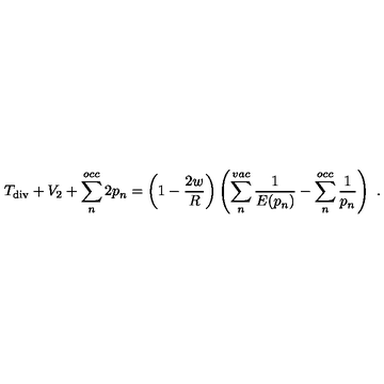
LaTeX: T _ { \mathrm { d i v } } + V _ { 2 } + \sum _ { n } ^ { o c c } 2 p _ { n } = \left( 1 - \frac { 2 w } { R } \right) \left( \sum _ { n } ^ { v a c } \frac { 1 } { E ( p _ { n } ) } - \sum _ { n } ^ { o c c } \frac { 1 } { p _ { n } } \right) \ .